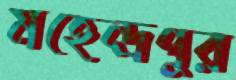
মহেন্দ্রপুর